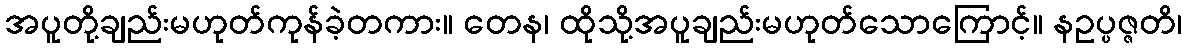
အပူတို့ချည်းမဟုတ်ကုန်ခဲ့တကား။ တေန၊ ထိုသို့အပူချည်းမဟုတ်သောကြောင့်။ နဥပ္ပဇ္ဇတိ၊